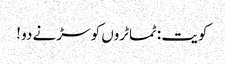
کویت : ٹماٹروں کو سڑنے دو !